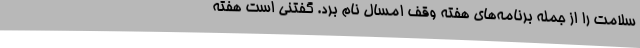
سلامت را از جمله برنامه‌های هفته وقف امسال نام برد. گفتنی است هفته